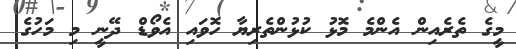
މީގެ ތެރެއިން އެންމެ މޮޅު ކުޅުންތެރިޔާ ހޮވައި އެވޯޑް ދޭނީ މި މަހުގެ